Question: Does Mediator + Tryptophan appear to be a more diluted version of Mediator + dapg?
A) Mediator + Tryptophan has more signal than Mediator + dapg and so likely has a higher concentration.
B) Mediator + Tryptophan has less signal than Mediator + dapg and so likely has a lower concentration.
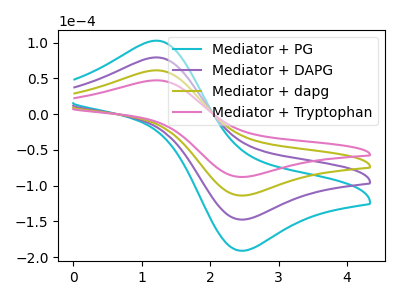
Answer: <think>The cyan curve "Mediator + PG" has an anodic peak at (1.20V, 183.45uA) and a cathodic peak at (2.50V, -341.25uA). The purple curve "Mediator + DAPG" has an anodic peak at (1.20V, 122.30uA) and a cathodic peak at (2.50V, -227.50uA). The olive curve "Mediator + dapg" has an anodic peak at (1.20V, 61.15uA) and a cathodic peak at (2.50V, -113.75uA). The pink curve "Mediator + Tryptophan" has an anodic peak at (1.20V, 47.20uA) and a cathodic peak at (2.50V, -87.80uA).
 All the peaks in "Mediator + Tryptophan" have a peak in "Mediator + dapg" at the same potential. Every peak in "Mediator + Tryptophan" is lower than every peak in "Mediator + dapg".</think>
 <answer>B) "Mediator + Tryptophan" has less signal than "Mediator + dapg" and so likely has a lower concentration.</answer>
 <eval>B</eval>